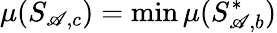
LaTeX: \mu(S_{\mathscr{A},c})=\operatorname*{min}\mu(S_{\mathscr{A},b}^{*})